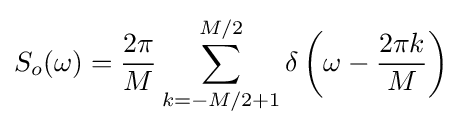
S_{o}(\omega )={\frac {2\pi }{M}}\sum _{k=-M/2+1}^{M/2}\delta \left(\omega -{\frac {2\pi k}{M}}\right)